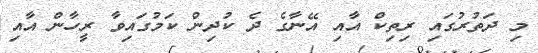
މި ދަތުރުގައި ރިތިކް އާއި އޭނާގެ ދެ ކުދިން ކަމުގައިވާ ރީހާން އާއި